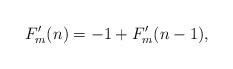
LaTeX: \begin{align*}F'_m(n)=-1+F'_m(n-1),\end{align*}